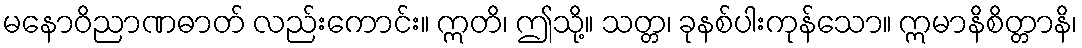
မနောဝိညာဏဓာတ် လည်းကောင်း။ ဣတိ၊ ဤသို့။ သတ္တ၊ ခုနစ်ပါးကုန်သော။ ဣမာနိစိတ္တာနိ၊